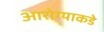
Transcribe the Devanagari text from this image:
आरोग्याकडे